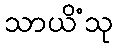
သာယိံသု